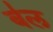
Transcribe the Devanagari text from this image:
ब॑ल